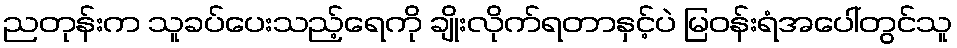
ညတုန်းက သူခပ်ပေးသည့်ရေကို ချိုးလိုက်ရတာနှင့်ပဲ မြဝန်းရံအပေါ်တွင်သူ